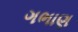
ગભાણ